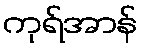
ကုရ်အာန်